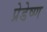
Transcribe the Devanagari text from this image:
प्रेडेष्ण